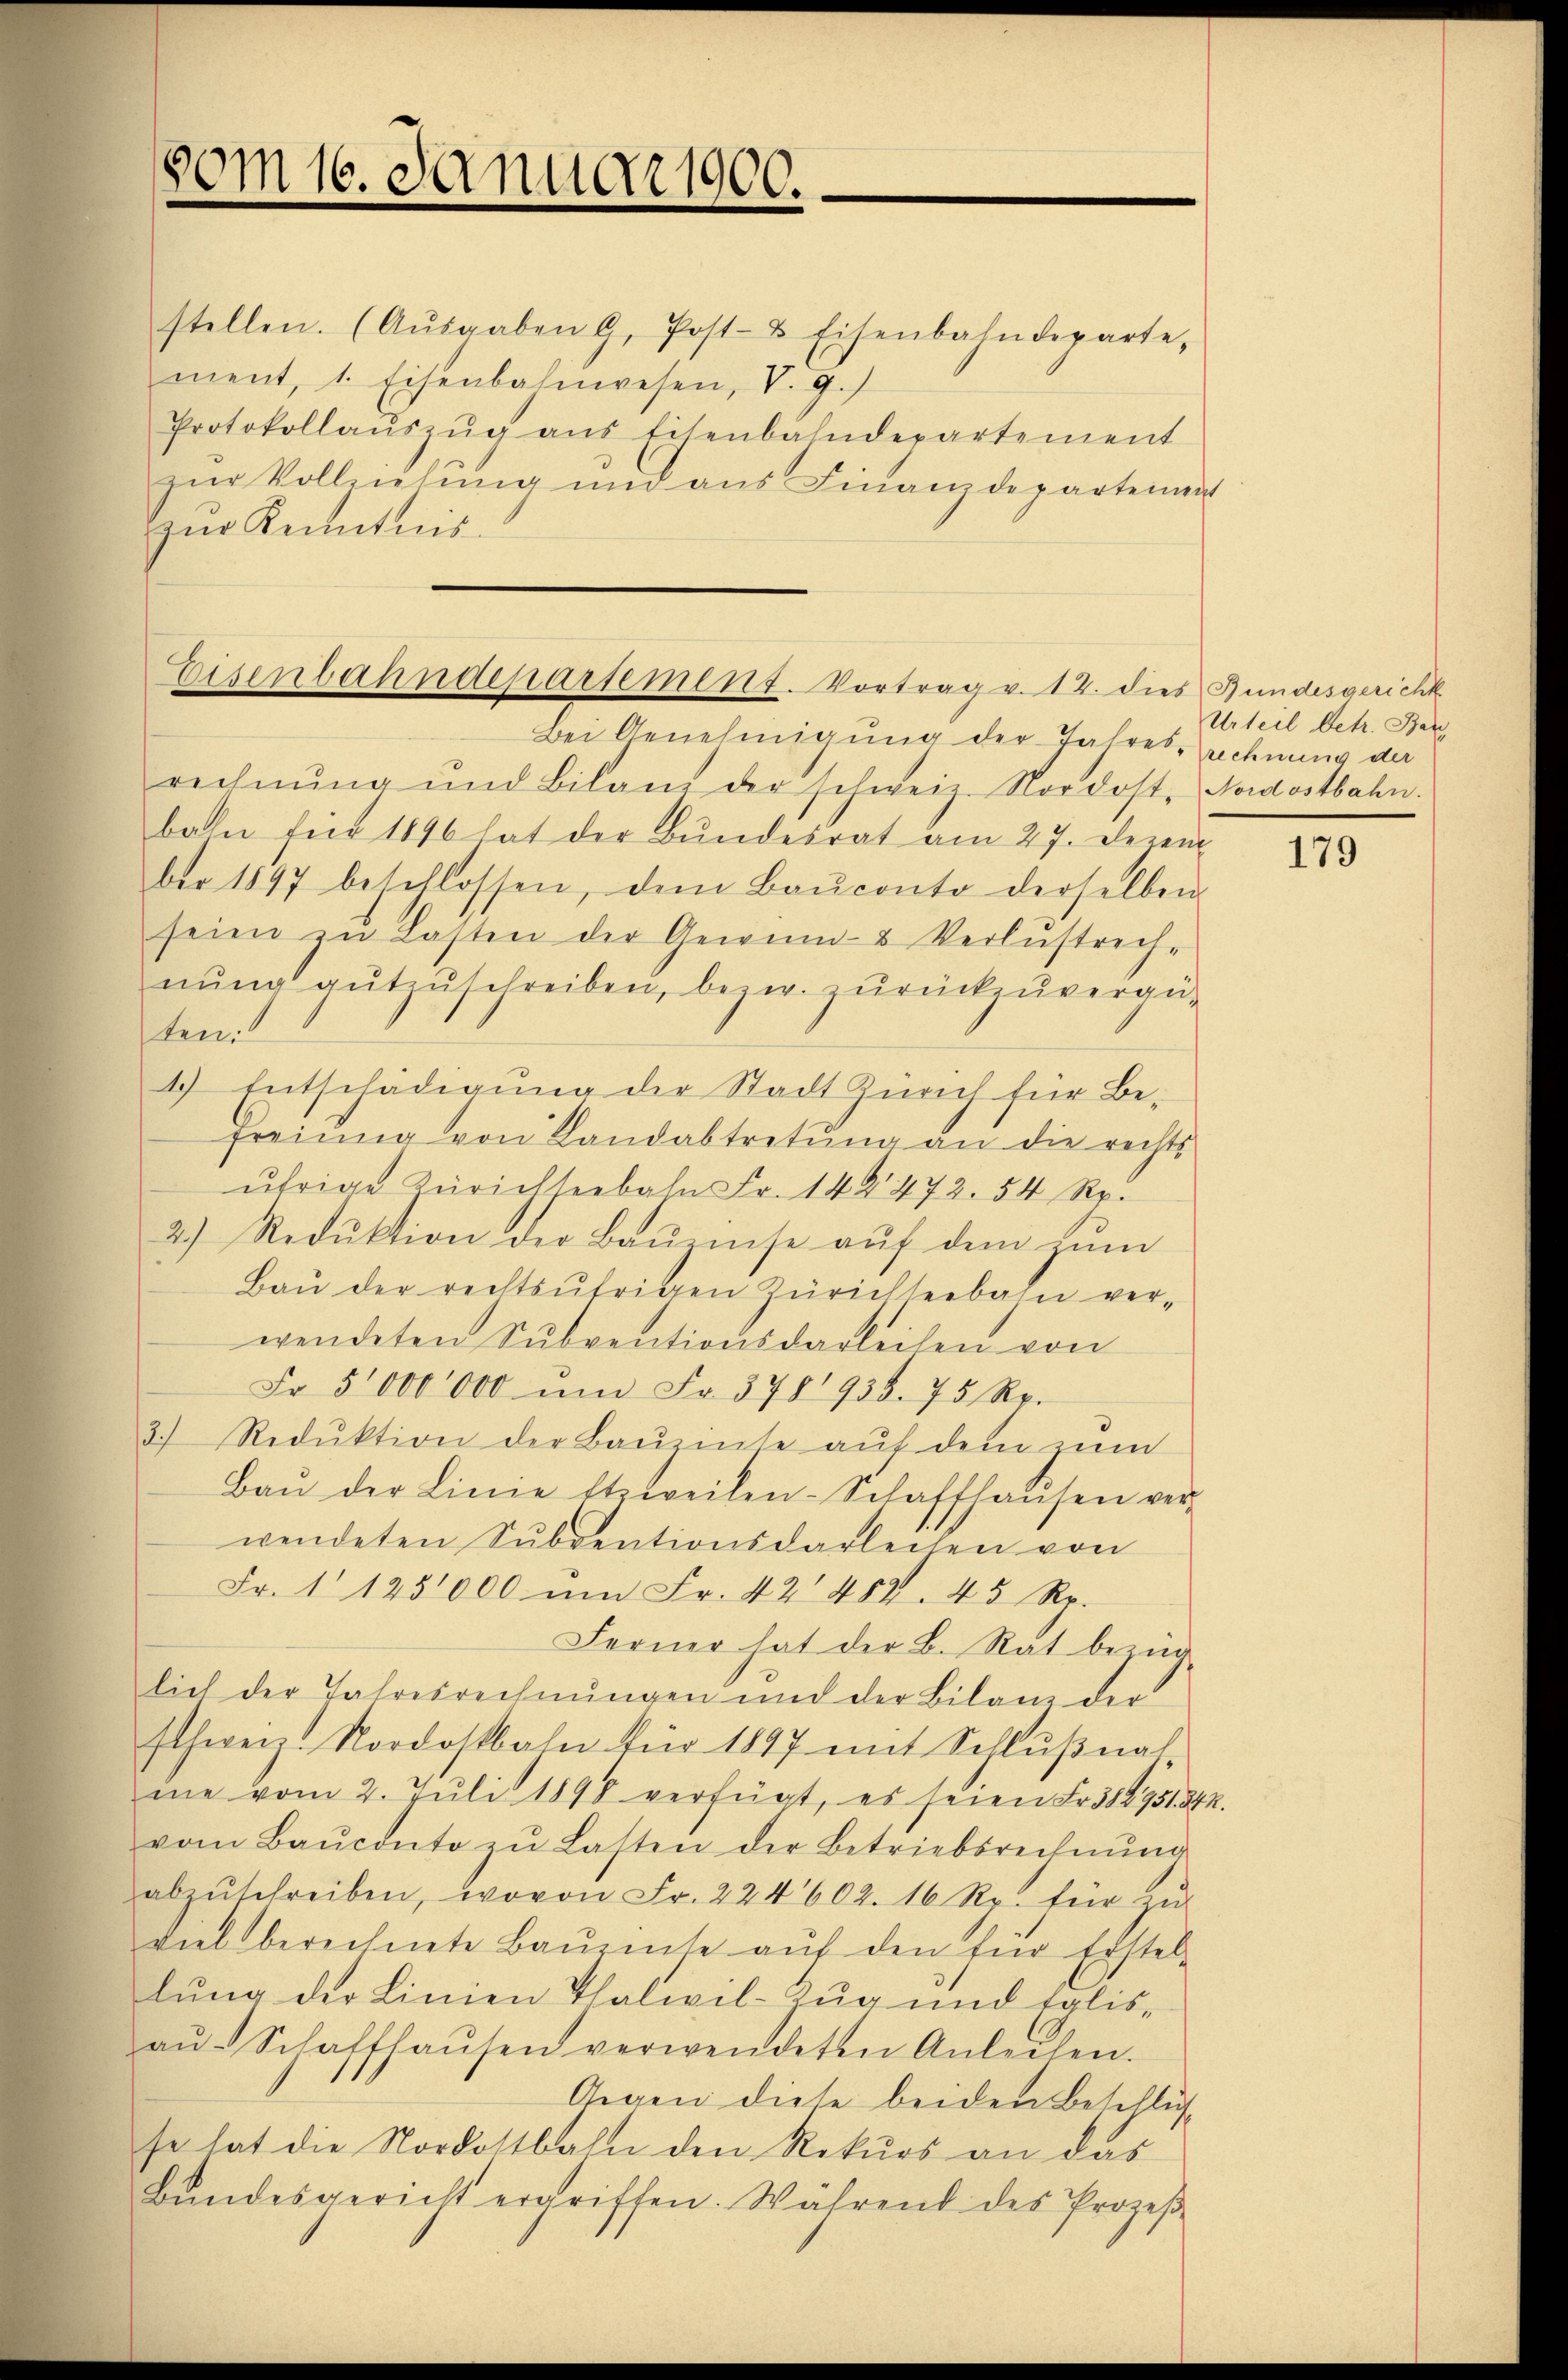
stellen. (Aŭsgaben 9, Post- & Eisenbahndeparte,
ment, 1. Eisenbahnwesen, V. 9.)
Protokollaŭszŭg ans Eisenbahndepartement
zur Vollziehung und aus Finanzdepartement
zŭr Kenntnis.

50m 16. Januar 1900.

Eisenbahndepartement. Vortrag v. 12. dies Bundesgericht

Bei Genehmigung der Jahresrechnung der
rechnŭng und Bilanz der schweiz. Nordost, Nordostbahn.
bahn für 1896 hat der Bŭndesrat am 27. Dezem
ber 1897 beschlossen, dem Baŭconto derselben
seien zŭ Lasten der Gewinn- & Verlustrech-
nŭng gŭtzŭschreiben, bezw. zŭrückzŭvergü-
ten.
4) Entschädigung der Stadt Zürich für Be-
Freiung von Landabtretŭng an die rechts-
übrige Zürichseebahn Fr. 14 § 472. 54 Rp.
2.) Redŭktion der Baŭ inse aŭf dem zŭm
Baŭ der rechtsŭtrigen Zürichtserbahn ver-
wendeten Subventionsdarleiten von
Fr. 5000,000 ŭm Fr. 3781938. 75 Rp.
3) Reduktion der Bauinse auf dem zum
Baŭ der Linie Etzweilen-Schaffhaŭsen ver-
wendeten Subventionsdarleihen von
Fr. 1125,000 ŭm Fr. 42 452. 45 Rp.
Ferner hat der B. Rat bezüg-
lich der Jahresrechnungen und der Bilanz der
schweiz. Nordostbahn für 1897 mit Schlŭβnah
ine vom 2. Juli 1898 verfügt, es seien Fr. 312751. 242.
vom Baŭconto zŭ Lasten der Betriebsrechnŭng
abzŭschreiben, wovon Fr. 224602. 16 Rp. für zŭ
viel berechnete Baŭrinte aŭf den für Erstel-
lung der Linien Thalwil-Zug und Eglis-
aŭ-Schaffhaŭsen verwendeten Anleihen.
Gegen diese beiden Beschlus
se hat die Nordostbahn den Rekurs an das
Bŭndesgericht ergriffen. Während des Prozeβ-

Urteil betr. Bar

179